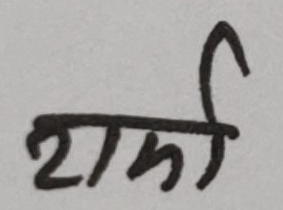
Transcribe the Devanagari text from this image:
सर्फी